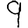
Digit: 9